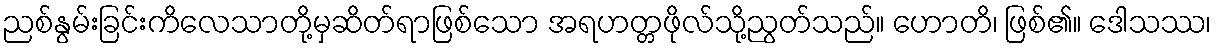
ညစ်နွမ်းခြင်းကိလေသာတို့မှဆိတ်ရာဖြစ်သော အရဟတ္တဖိုလ်သို့ညွတ်သည်။ ဟောတိ၊ ဖြစ်၏။ ဒေါသဿ၊